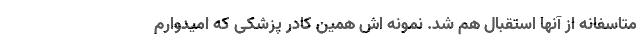
متاسفانه از آنها استقبال هم شد. نمونه اش همین کادر پزشکی که امیدوارم